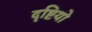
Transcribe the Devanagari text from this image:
दृष्टियो